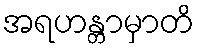
အရဟန္တာမှာတိ